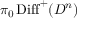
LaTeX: \pi _ { 0 } \operatorname { D i f f } ^ { + } ( D ^ { n } )